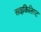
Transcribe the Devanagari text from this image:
साइकिलिस्ट